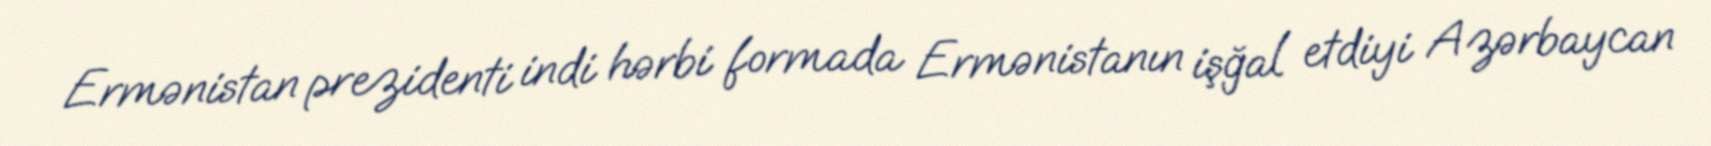
Ermənistan prezidenti indi hərbi formada Ermənistanın işğal etdiyi Azərbaycan